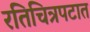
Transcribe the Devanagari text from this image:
रतिचित्रपटात